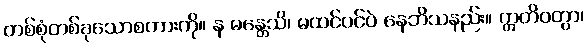
တစ်စုံတစ်ခုသောစကားကို။ န မန္တေသိ၊ မထင်ပင်ပဲ နေဘိသနည်း။ ဣတိဝတွာ၊